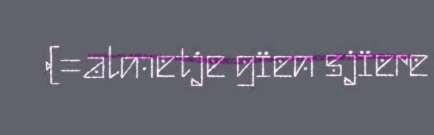
(=almetje gïen sjïere